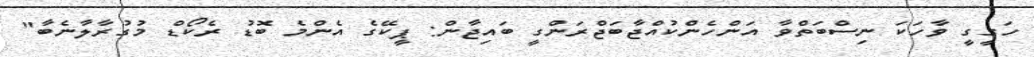
ހަގީގީ ވާހަކަ ނިސްބަތްވާ އަންހެންކުއްޖާބަޖްރަންގީ ބައިޖާން: ޕީކޭގެ އެންމެ ބޮޑު ރެކޯޑް މުގުރާލާނެބާ"